Annual report on the health of the army in India
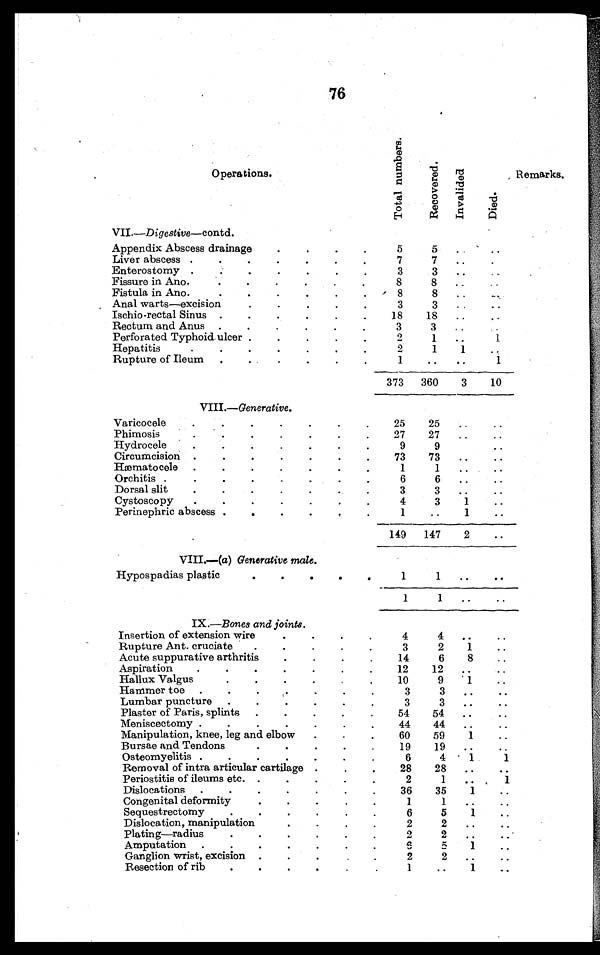
76
Operations.
T o t a l n u m b e r s .
R e c o v e r e d .
I n v a l i d e d
D i e d .
Remarks.
VII.—Digestive—contd.
Appendix Abscess drainage
. . .
5
5
. . .
. . .
Liver abscess .
. . .
7
7 . . . . . .
. . .
Enterostomy. . .
3
3 .....
. . .
Fissure in Ano . ..
8
8 . . . . .
. . .
Fistula in Ano. . ..
8
8
. . . . . .
Anal warts—excision
.. .
3
3 .. .. .
. . .
Ischio-rectal Sinus .
.
..
18
18 . . .
. . .
Rectum and Anus ...
3
3
. . . . . .
Perforated Typhoid ulcer . . .
2
1 . . .
1
Hepatitis.. . ..
2
1
1 . . . . . .
Rupture of Ileum. . .
1
. . .
. . .
1
373 360
3
10
VIII.—Generative .
Varicocele
. . .
.
25
25 . . .
. . .
Phimosis
.
.
..
27
27
. . . . . .
Hydrocele
. . .
9
9
. . . . . .
Circumcision
. . .
73
73 . . .
. . .
Hæmatocele
. . .
1
1 . . .
. . .
Orchitis .
.
..
6
6 . . .
. . .
Dorsal slit
.
.
...
3
3 . . .
. . .
Cystoscopy
. . .
4
3
1
. . .
Perinephric abscess
. . .
1
. . .
1
. . .
149 147
2
. . .
VIII.—(a) Generative male.
Hypospadias plastic
. . .
1
1 . . .
. . .
1
1
. . .
. . .
IX .—Bones and joints.
Insertion of extension wire
. . .
4
4
. . .
. . .
Rupture Ant. cruciate
. . .
3
2
1
. . .
Acute suppurative arthritis
. . ..
14
6
8
. . .
Aspiration
.
.
..
12
12
. . .
. . .
Hallux Valgus. . .
10
9
1
. . .
Hammer toe . . ..
3
3
. . .
. . .
Lumbar puncture .
.
..
3
3
. . .
. . .
Plaster of Paris, splints
. . .
54
54
. . .
. . .
Meniscectomy . . ..
44
44
. . .
. . .
Manipulation, knee, leg and elbow
. . .
60
59
1
. . .
Bursae and Tendons
. . .
19
19
. . .
. . .
Osteomyelitis
. . .
6
4
1
1
Removal of intra articular cartilage
. . .
28
28
. . .
. . .
Periostitis of ileums etc.
. . .
2
1
. . .
1
Dislocations
. . .
36
35
1
. . .
Congenital deformity
. . .
1
1
. . .
. . .
Sequestrectomy
. . .
6
5
1
. . .
Dislocation, manipulation. . .
2
2
. . .
. . .
Plating—radius
. . .
2
2
. . .
. . .
Amputation .
.
..
6
5
1
. . .
Ganglion wrist, excision . . ..
2
2
. . .
. . .
Resection of rib
. . .
1
. . .
1
. . .